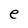
Character: e